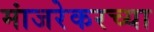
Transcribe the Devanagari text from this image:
मांजरेकरच्या